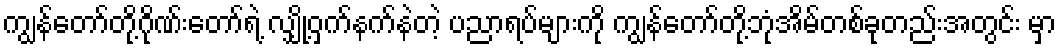
ကျွန်တော်တို့ဂိုဏ်းတော်ရဲ့ လျှို့ဝှက်နက်နဲတဲ့ ပညာရပ်များကို ကျွန်တော်တို့ဘုံအိမ်တစ်ခုတည်းအတွင်း မှာ